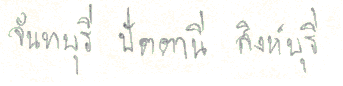
จันทบุรีปัตตานีสิงห์บุรี